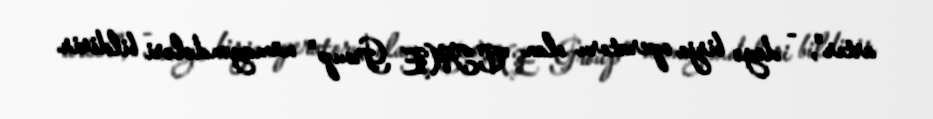
artır", - deyə birja operatoru olan "CME Group" nümayəndələri bildirir.